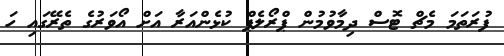
ފުރަތަމަ މެޗް ޓޮސް ދިމާވުމުން ޕްރޯލެޕް ކުޅެންއަރާ އަށް އޯވަރުގެ ތެރޭގައި ހަ